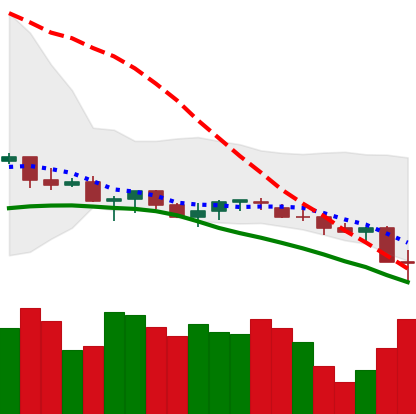
Ticker: XLM-USD
Chart end date: 2021-06-22
Forward return: 10.236%
Label: up_7plus